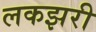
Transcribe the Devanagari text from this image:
लकझरी